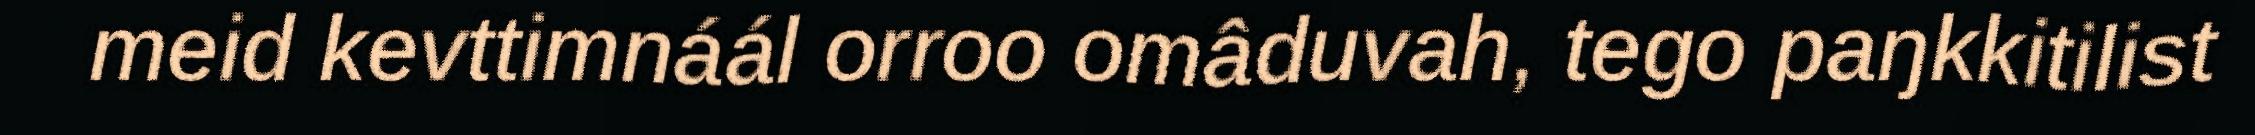
meid kevttimnáál orroo omâduvah, tego paŋkkitilist